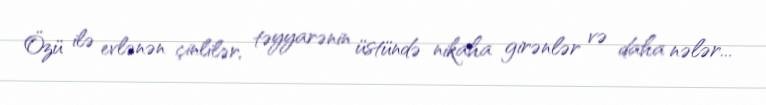
Özü ilə evlənən çinlilər, təyyarənin üstündə nikaha girənlər və daha nələr...